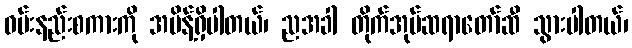
ဝမ်းနည်းစကားကို အမိန့်ရှိပါတယ်၊ ညအခါ တိုက်အုပ်ဆရာတော်ဆီ သွားပါတယ်၊